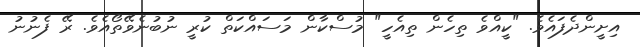
އިށީންދެފައެވެ. "ކީއްވެ ތިހެން ތިއެހީ" މުސްކާން މަސައްކަތް ކުރީ ނުބުނެވޭތޯއެވެ. ރޭ ފެނުނު